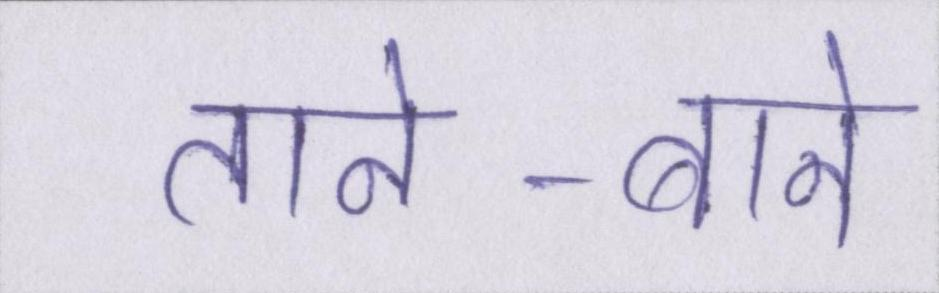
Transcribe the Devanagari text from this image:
ताने-बाने